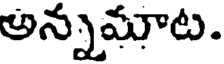
అన్నమాట.